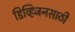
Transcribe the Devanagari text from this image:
डिव्हिजनसाठी